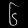
Digit: ၆